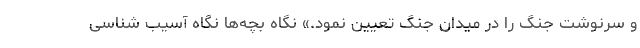
و سرنوشت جنگ را در میدان جنگ تعیین نمود.» نگاه بچه‌ها نگاه آسیب شناسی